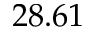
2 8 . 6 1